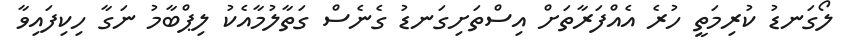
ލޯގަނޑު ކުރިމަތީ ހުރެ އެއްފަރާތަށް އިސްތަށިގަނޑު ގެނެސް ގަތާލުމާއެކު ލިޕްބާމު ނަގާ ހިކިފައިވާ